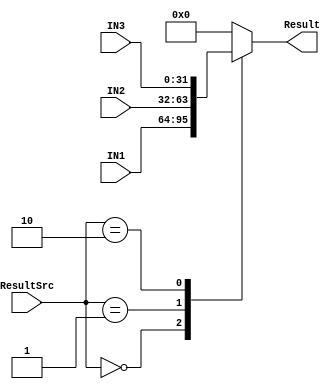
module mux_4_1 #(parameter In_Width=32 )
(
input   wire    [In_Width-1:0]   IN1,IN2,IN3,
input   wire    [1:0]            ResultSrc,
output  reg     [In_Width-1:0]   Result
);
always @(*)
  begin
    case(ResultSrc)
	  2'b00: Result = IN1;
	  2'b01: Result = IN2;
	  2'b10: Result = IN3;
	  default: Result = 'b0;
	endcase
  end
endmodule